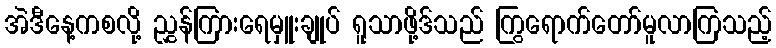
အဲဒီနေ့ကစလို့ ညွှန်ကြားရေမှူးချုပ် ရူသာဖို့ဒ်သည် ကြွရောက်တော်မူလာကြသည့်